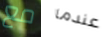
مع عندما